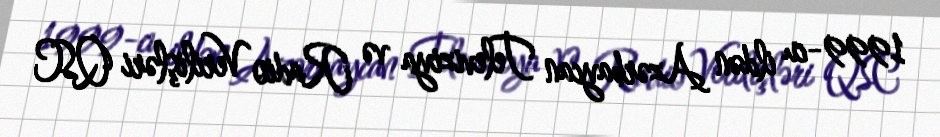
1999-cu ildən Azərbaycan Televiziya və Radio Verilişləri QSC